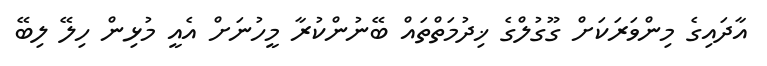
އާދައިގެ މިންވަރަކަށް ގޫގުލްގެ ޚިދުމަތްތައް ބޭނުންކުރާ މީހުނަށް އެއީ މުޅިން ހިލޭ ލިބޭ